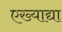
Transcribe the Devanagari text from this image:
एख्याद्या